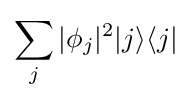
\sum _{j}|\phi _{j}|^{2}|j\rangle \langle j|